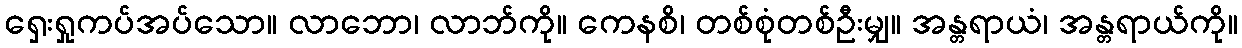
ရှေးရှုကပ်အပ်သော။ လာဘော၊ လာဘ်ကို။ ကေနစိ၊ တစ်စုံတစ်ဦးမျှ။ အန္တရာယံ၊ အန္တရာယ်ကို။